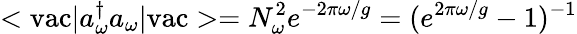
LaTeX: <\mathrm{vac}|a_{\omega}^{\dagger}a_{\omega}|\mathrm{vac}>=N_{\omega}^{2}e^{-2\pi\omega/g}=(e^{2\pi\omega/g}-1)^{-1}